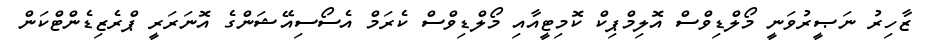
ޒާހިރު ނަޞީރުވަނީ މޯލްޑިވްސް އޮލިމްޕިކް ކޮމިޓީއާއި މޯލްޑިވްސް ކެރަމް އެސޯސިއޭޝަންގެ އޮނަރަރީ ޕްރެޒިޑެންޓްކަން